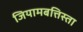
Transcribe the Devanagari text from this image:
जियामबत्तिस्ता